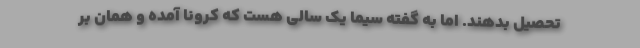
تحصیل بدهند. اما به گفته سیما یک سالی هست که کرونا آمده و همان بر